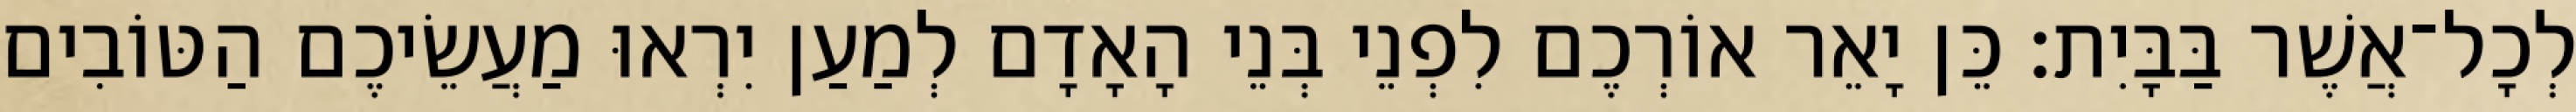
לְכָל־אֲשֶׁר בַּבָּיִת׃ כֵּן יָאֵר אוֹרְכֶם לִפְנֵי בְּנֵי הָאָדָם לְמַעַן יִרְאוּ מַעֲשֵׂיכֶם הַטּוֹבִים